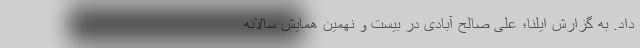
داد. به گزارش ایلنا؛ علی صالح آبادی در بیست ‌و نهمین همایش سالانه